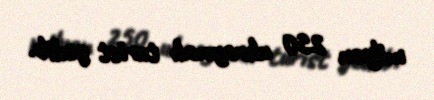
milyon 250 ukraynalı turist gedib.